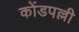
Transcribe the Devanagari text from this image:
कोंडपल्ली